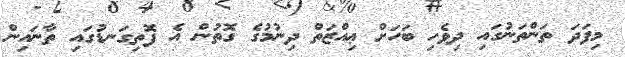
މިފަދަ ތަންތަނުގައި ދިވެހި ބަހަށް ޢިއްޒަތް ދިނުމުގެ ގޮތުން އެ ފޮތިގަނޑުގައި ތާނައިން